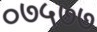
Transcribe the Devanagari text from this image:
०७५७७